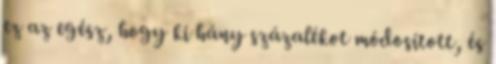
ez az egész, hogy ki hány százalékot módosított, és